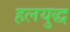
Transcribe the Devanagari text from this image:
हलयुद्ध